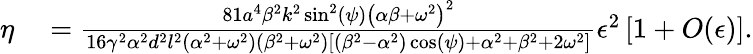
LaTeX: \begin{array}{rl}{\eta}&{{}=\frac{81a^{4}\beta^{2}k^{2}\sin^{2}(\psi)\left(\alpha\beta+\omega^{2}\right)^{2}}{16\gamma^{2}\alpha^{2}d^{2}l^{2}\left(\alpha^{2}+\omega^{2}\right)\left(\beta^{2}+\omega^{2}\right)\left[\left(\beta^{2}-\alpha^{2}\right)\cos(\psi)+\alpha^{2}+\beta^{2}+2\omega^{2}\right]}\epsilon^{2}\left[1+O(\epsilon)\right].}\end{array}